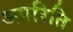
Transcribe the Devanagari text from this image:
अपरिति